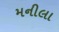
મનીલા